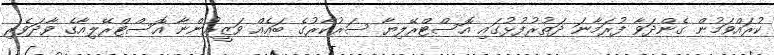
ކުރައްވަމުން ގެންދަވާ ފުރަމާނަ ދަތުރުފުޅުގައި އޮސްޓްރޭލިޔާ ސަރުކާރުގެ ބައެއް ވަޒީރުންނާ އޮސްޓްރޭލިއާގެ ވާދަވެރި